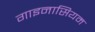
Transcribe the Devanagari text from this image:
गाइनासियम